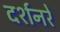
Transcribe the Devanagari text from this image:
दर्शनरे